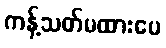
ကန့်သတ်မထားပေ